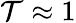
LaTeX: \mathcal{T}\approx1